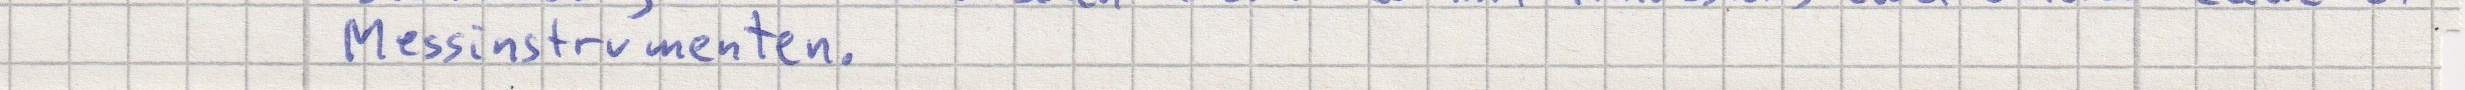
Messinstrumenten.